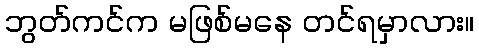
ဘွတ်ကင်က မဖြစ်မနေ တင်ရမှာလား။